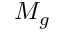
M _ { g }